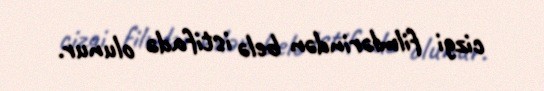
cizgi filmlərindən belə istifadə olunur.